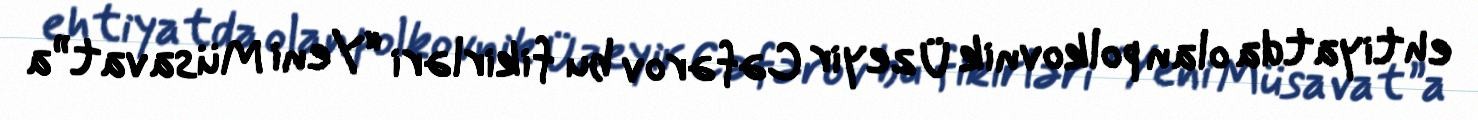
ehtiyatda olan polkovnik Üzeyir Cəfərov bu fikirləri “Yeni Müsavat”a